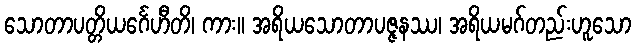
သောတာပတ္တိယင်္ဂေဟီတိ၊ ကား။ အရိယသောတာပဇ္ဇနဿ၊ အရိယမဂ်တည်းဟူသော